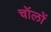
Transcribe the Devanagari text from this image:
चॉलों